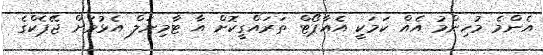
އެންމެ މުހިންމު އެއް ކަމަކީ އެއާޕޯޓް ތަރައްގީކޮށް އާ ޓާމިނަލް އެޅުމަށް ޖޭޕެކްގެ